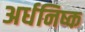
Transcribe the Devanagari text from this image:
अर्धनिष्क